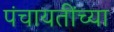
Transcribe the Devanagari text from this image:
पंचायतींच्या